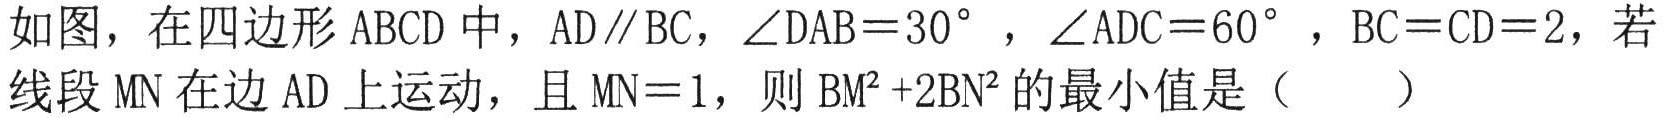
如图，在四边形ABCD中，AD∥BC，∠DAB = 30° ，∠ADC = 60° ，BC = CD = 2，若线段MN在边AD上运动，且MN = 1，则BM² +2BN²的最小值是（  ）